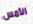
الأمس